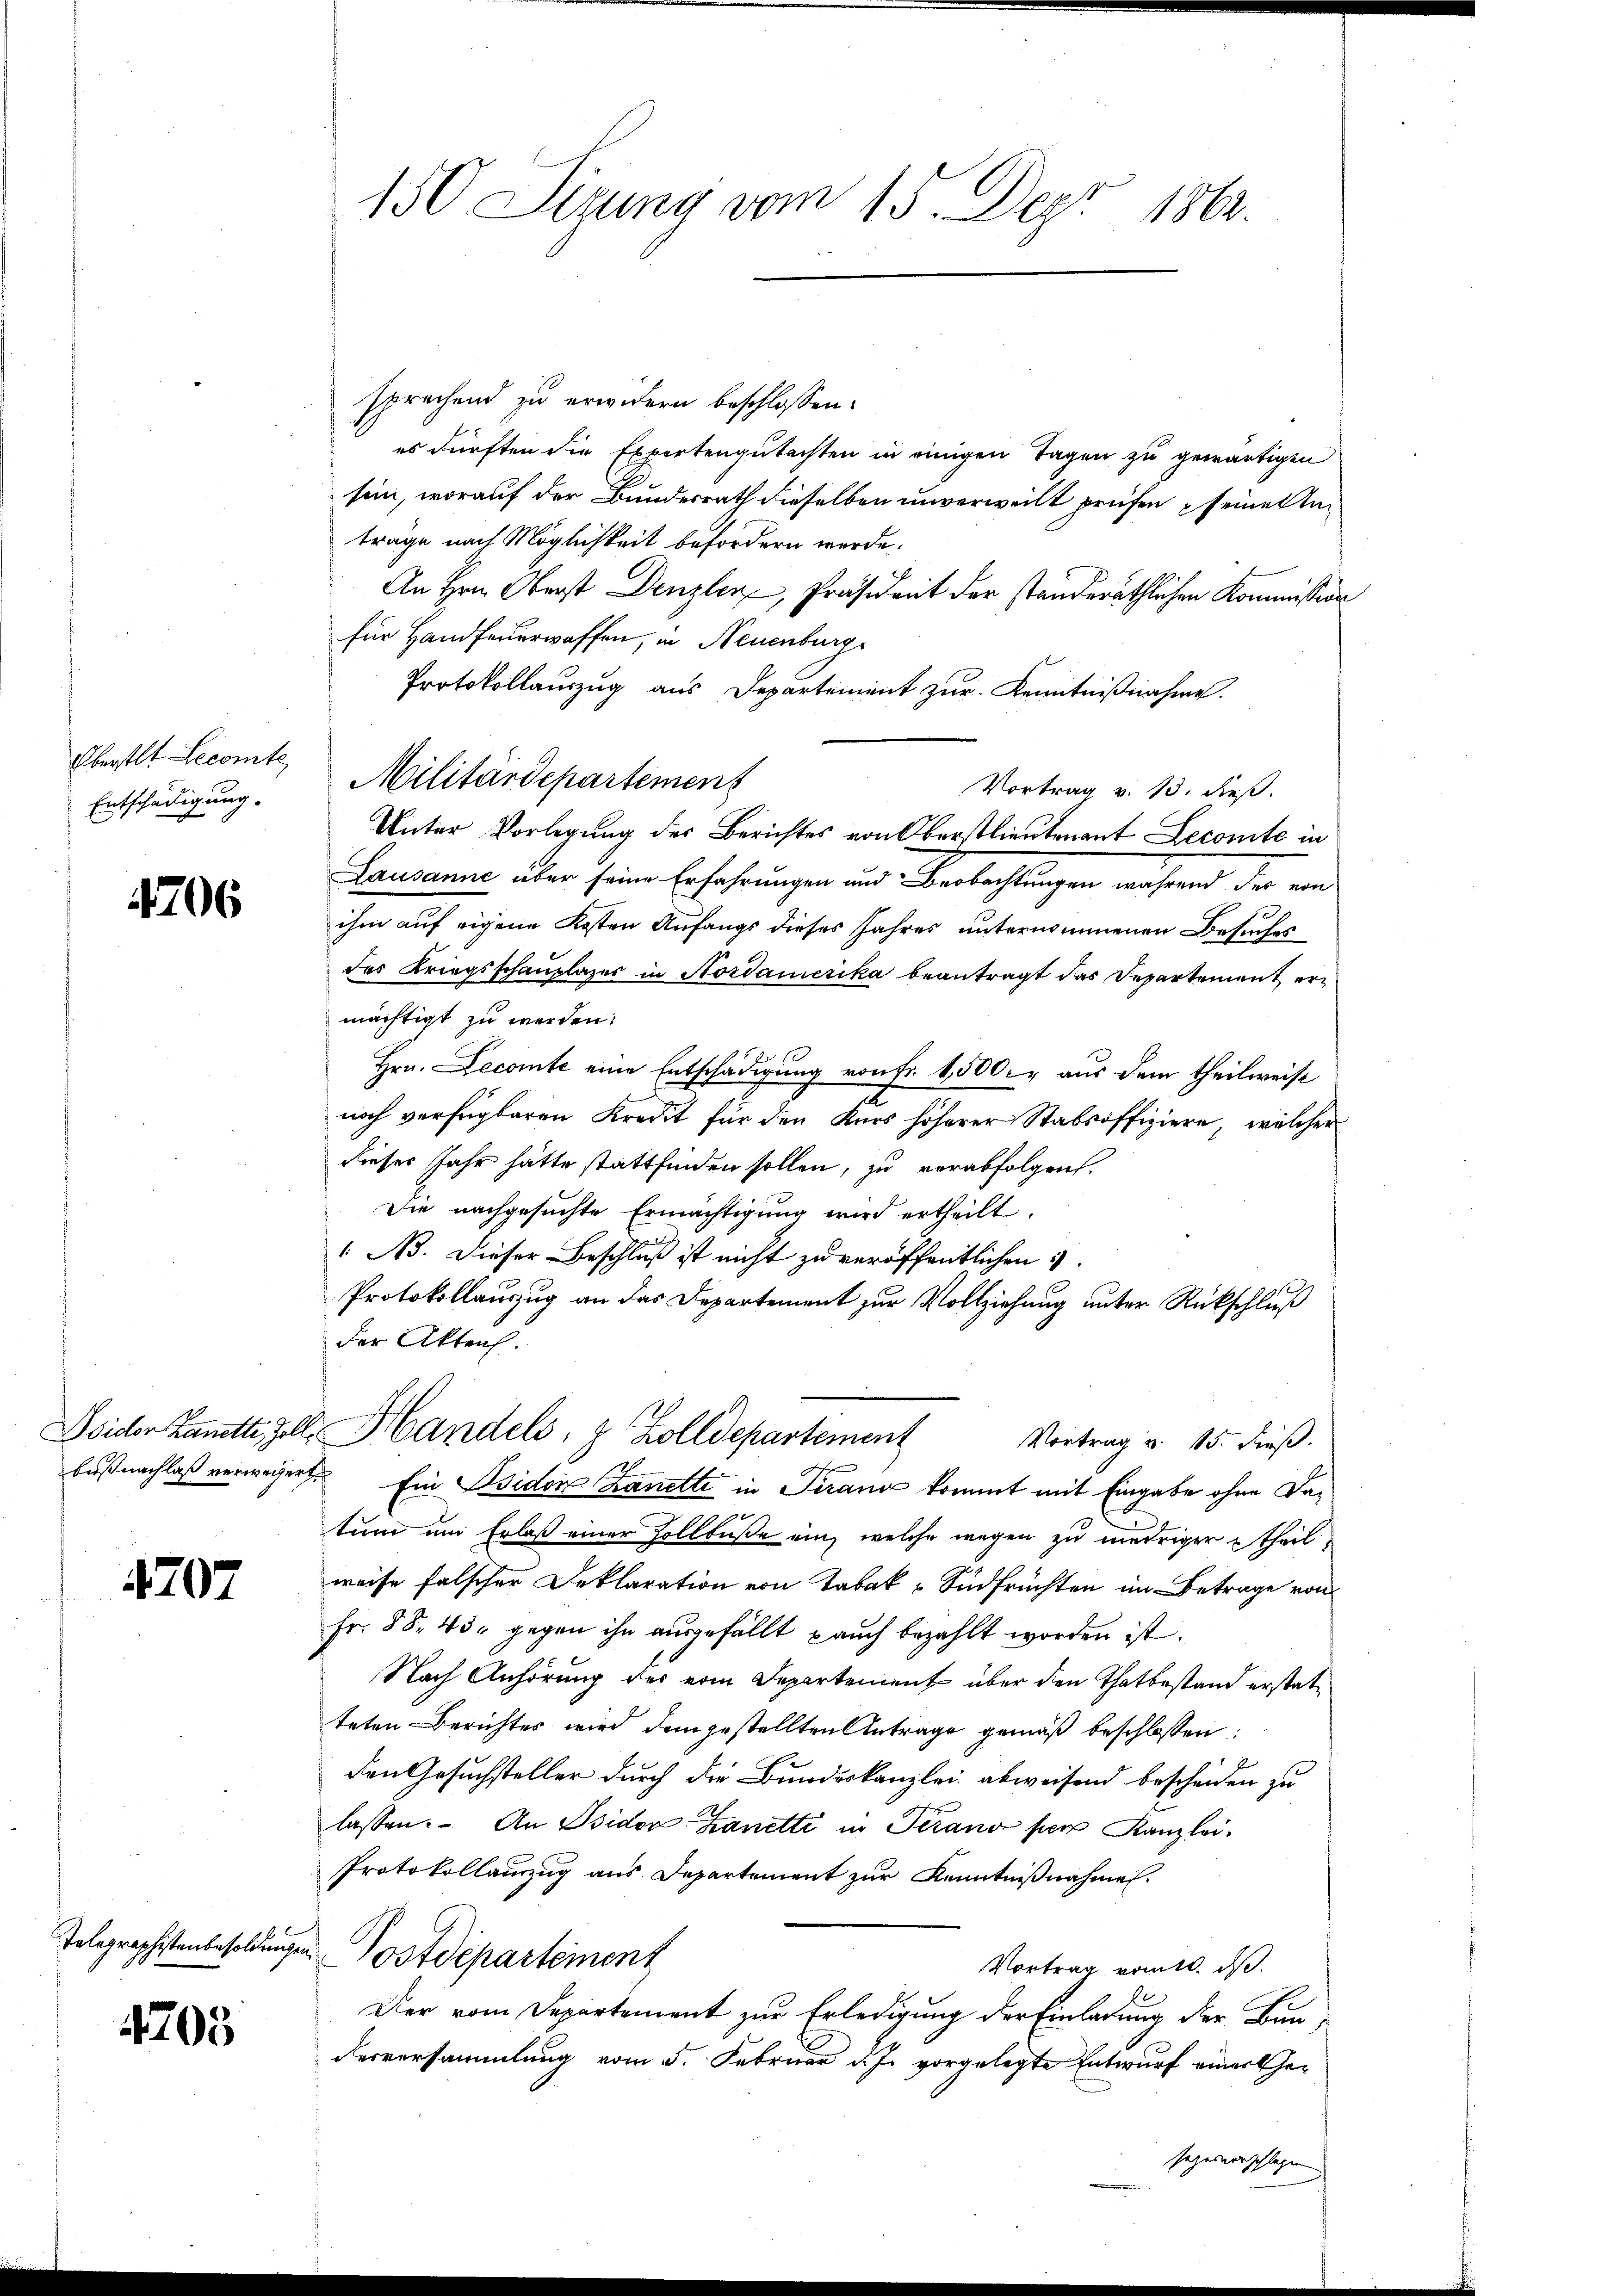
Oberstlt Lecomte,
Entschädigung.

4706

4707

4705

150 Sizung vom 15. Dept 1862.

sprechend zu erwidern beschlossen:
es dürften die Expertengutachten in einigen Tagen zu gewärtigen
sein, worauf der Bundesrath dieselben unverweilt prüfen seine Anträge nach Möglichkeit befördern werde.
An Hrn. Oberst Denzler, Präsident der ständeräthlichen Kommission
für Handfeuerwaffen, in Neuenburg
Protokollauszug aus Departement zur Kenntnißnahme.
Vortrag v. 13. dieß.
Unter Vorlegung des Berichtes von Oberstlieutenant Lecomite in
Lausanne aber seine Erfahrungen und Beobachtungen während der ein
ihm auf eigene Kosten Anfangs dieses Jahres unternommenen Besuches
des Kriegsschauplazer in Nordamerika beantragt das Departement ermächtigt zu werden.
Hrn. Decomte eine Entschädigung von Fr. 1,500. aus dem theilweise
noch verfügbaren Kredit für den Kurs höherer Stabsoffiziere, welcher
dieses Jahr hätte stattfinden sollen, zu verabfolgen.
Die nachgesuchte Ermächtigung wird ertheilt.
1. No. Dieser Beschluß ist nicht zu veröffentlichen
Protokollauszug an das Departement zur Vollziehung unter Rückschluß
der Akten.
Beider Lantti, Zoll, Handels, z. Zolldepartement Vortrag u. 15. dieβ.
bußnachlaß verweigert. Ein Isidor Lanette in Pirand kommt mit Eingabe ohne Da¬
3 x
tum um Erlaß einer Zollbuße ein, welche wegen zu niedriger theilweise falscher Deklaration von Tabak u Südfrüchten im Betrage von
Fr. 88. 43. gegen ihn ausgefällt auch bezahlt worden ist.
Nach Anhörung des vom Departement über den Thatbestand erstatteten Berichtes wird dem gestellten Antrage gemäß beschlossen:
den Gesuchsteller durch die Bundeskanzlei abweisend bescheiden zu

lassen. An Bsidor Zanetti in Terano per Kanzlei.
Protokollauszug aus Departement zur Kenntnißnahme.
Telegraphistenbesoldungen Postdepartement
Vortrag vom 10. ds.
Der vom Departement zur Erledigung der Einladung der Bun¬
Verversammlung vom 5. Februar d. J. vorgelegte Entwurf einer Gesezesvorschlagen

Militärdepartement